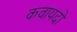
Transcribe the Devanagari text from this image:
कवायदों